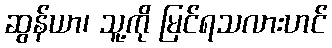
ဆွန်ယာ၊ သူ့ကို မြင်ရသလားဟင်